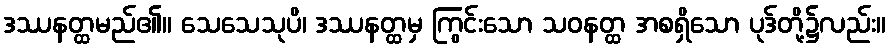
ဒဿနတ္ထမည်၏။ သေသေသုပိ၊ ဒဿနတ္ထမှ ကြွင်းသော သဝနတ္ထ အစရှိသော ပုဒ်တို့၌လည်း။